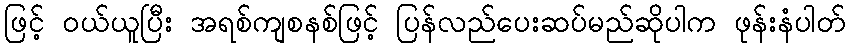
ဖြင့် ဝယ်ယူပြီး အရစ်ကျစနစ်ဖြင့် ပြန်လည်ပေးဆပ်မည်ဆိုပါက ဖုန်းနံပါတ်